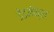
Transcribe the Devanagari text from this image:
डेडमॅन्स